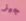
جيز